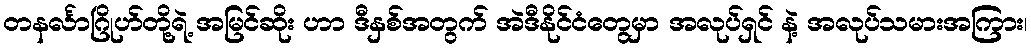
တနင်္လာဂြိုဟ်တို့ရဲ့ အမြင်ဆိုး ဟာ ဒီနှစ်အတွက် အဲဒီနိုင်ငံတွေမှာ အလုပ်ရှင် နဲ့ အလုပ်သမားအကြား၊